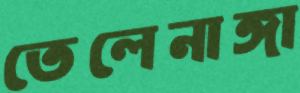
তেলেনাঙ্গা